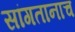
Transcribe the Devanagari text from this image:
सांगतानाच